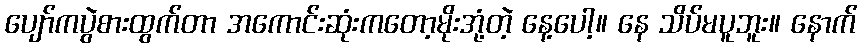
ပျော်ကပွဲစားထွက်တာ အကောင်းဆုံးကတော့မိုးအုံ့တဲ့ နေ့ပေါ့။ နေ သိပ်မပူဘူး။ နောက်